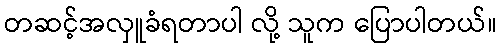
တဆင့်အလှူခံရတာပါ လို့ သူက ပြောပါတယ်။